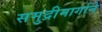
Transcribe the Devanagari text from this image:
समुद्रीमार्गाने